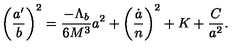
\left( \frac { a ^ { \prime } } { b } \right) ^ { 2 } = \frac { - \Lambda _ { b } } { 6 M ^ { 3 } } a ^ { 2 } + \left( \frac { \dot { a } } { n } \right) ^ { 2 } + K + \frac { C } { a ^ { 2 } } .